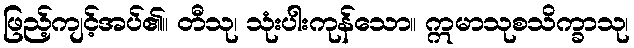
ဖြည့်ကျင့်အပ်၏။ တီသု၊ သုံးပါးကုန်သော။ ဣမာသုစသိက္ခာသု၊